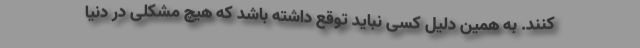
کنند. به همین دلیل کسی نباید توقع داشته باشد که هیچ مشکلی در دنیا